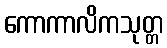
ကောကာလိကသုတ္တ